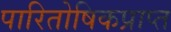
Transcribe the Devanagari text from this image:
पारितोषिकप्राप्त